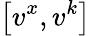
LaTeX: \left[v^{x},v^{k}\right]